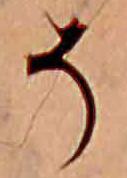
そ